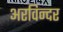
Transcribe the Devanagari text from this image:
अरविन्दर